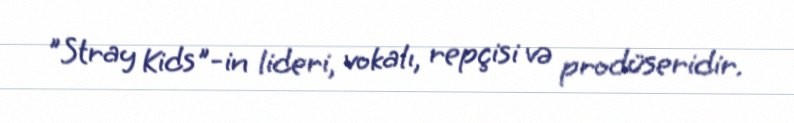
"Stray Kids"-in lideri, vokalı, repçisi və prodüseridir.